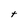
Character: t